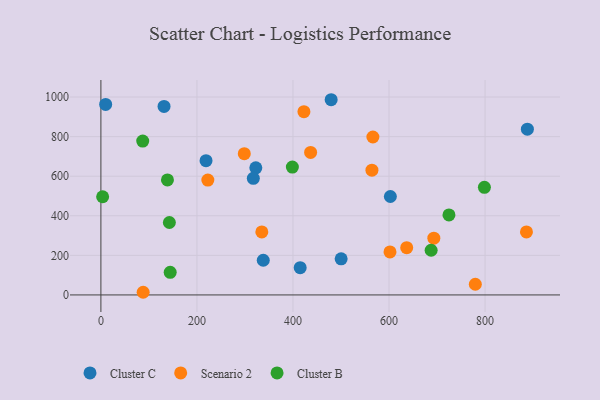
{"axis": {"x": "Ad Spend", "y": "Demand"}, "legend": ["Cluster B", "Cluster C", "Scenario 2"], "data": [{"x": "479.5", "y": 986.4, "type": "Cluster C"}, {"x": "415.0", "y": 137.5, "type": "Cluster C"}, {"x": "602.8", "y": 497.4, "type": "Cluster C"}, {"x": "322.6", "y": 642.2, "type": "Cluster C"}, {"x": "338.1", "y": 175.2, "type": "Cluster C"}, {"x": "9.9", "y": 962.4, "type": "Cluster C"}, {"x": "218.9", "y": 678.2, "type": "Cluster C"}, {"x": "888.1", "y": 837.5, "type": "Cluster C"}, {"x": "317.4", "y": 589.0, "type": "Cluster C"}, {"x": "500.3", "y": 182.2, "type": "Cluster C"}, {"x": "131.5", "y": 952.5, "type": "Cluster C"}, {"x": "566.4", "y": 798.1, "type": "Scenario 2"}, {"x": "335.1", "y": 318.4, "type": "Scenario 2"}, {"x": "222.7", "y": 580.4, "type": "Scenario 2"}, {"x": "422.8", "y": 926.1, "type": "Scenario 2"}, {"x": "636.8", "y": 238.8, "type": "Scenario 2"}, {"x": "602.0", "y": 217.1, "type": "Scenario 2"}, {"x": "693.3", "y": 286.7, "type": "Scenario 2"}, {"x": "436.7", "y": 720.2, "type": "Scenario 2"}, {"x": "564.4", "y": 630.5, "type": "Scenario 2"}, {"x": "886.2", "y": 318.4, "type": "Scenario 2"}, {"x": "779.7", "y": 53.9, "type": "Scenario 2"}, {"x": "88.0", "y": 13.4, "type": "Scenario 2"}, {"x": "298.6", "y": 714.0, "type": "Scenario 2"}, {"x": "398.7", "y": 646.3, "type": "Cluster B"}, {"x": "3.6", "y": 496.1, "type": "Cluster B"}, {"x": "724.8", "y": 404.1, "type": "Cluster B"}, {"x": "144.3", "y": 114.4, "type": "Cluster B"}, {"x": "798.6", "y": 543.6, "type": "Cluster B"}, {"x": "87.1", "y": 777.3, "type": "Cluster B"}, {"x": "142.6", "y": 366.0, "type": "Cluster B"}, {"x": "138.6", "y": 581.0, "type": "Cluster B"}, {"x": "687.7", "y": 225.7, "type": "Cluster B"}]}